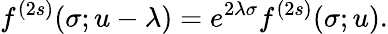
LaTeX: f^{(2s)}(\sigma;u-\lambda)=e^{2\lambda\sigma}f^{(2s)}(\sigma;u).